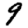
Digit: 9